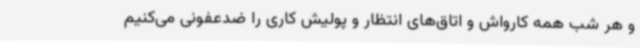
و هر شب همه کارواش و اتاق‌های انتظار و پولیش کاری را ضدعفونی می‌کنیم